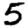
Digit: 5